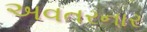
અવતરનાર